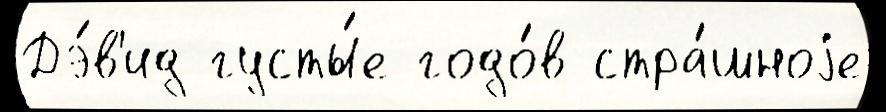
Дэ́в'ид густы́е годо́в стра́шноjе